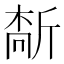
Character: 𫿻